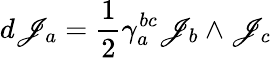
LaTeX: d\mathscr{J}_{a}={\frac{{1}}{{2}}}\gamma_{a}^{bc}\mathscr{J}_{b}\wedge\mathscr{J}_{c}